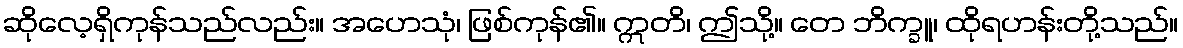
ဆိုလေ့ရှိကုန်သည်လည်း။ အဟေသုံ၊ ဖြစ်ကုန်၏။ ဣတိ၊ ဤသို့။ တေ ဘိက္ခူ၊ ထိုရဟန်းတို့သည်။